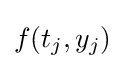
f(t_{j},y_{j})